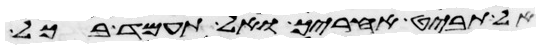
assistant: אל תבט אחריך ואל תעמד בכל